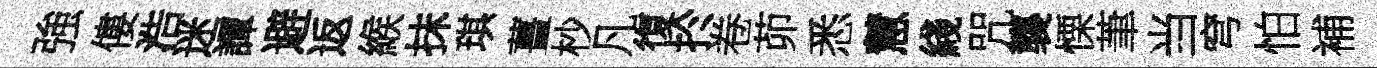
強僂浩迷譚避返緱抹琪薑杪凡復扵卷茆悉慧綫咒襲慄茟当穹怕補